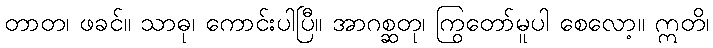
တာတ၊ ဖခင်။ သာဓု၊ ကောင်းပါပြီ။ အာဂစ္ဆတု၊ ကြွတော်မူပါ စေလော့။ ဣတိ၊